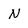
Character: N